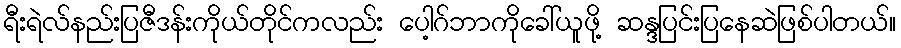
ရီးရဲလ်နည်းပြဇီဒန်းကိုယ်တိုင်ကလည်း ပေါ့ဂ်ဘာကိုခေါ်ယူဖို့ ဆန္ဒပြင်းပြနေဆဲဖြစ်ပါတယ်။